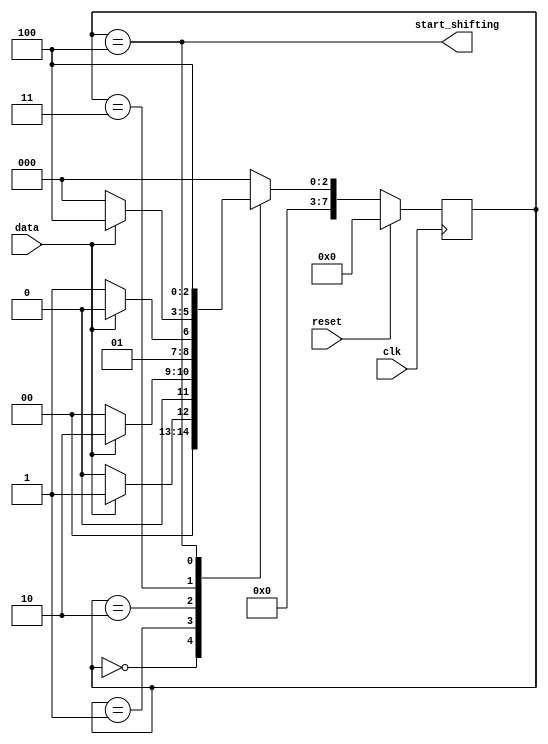
module top_module (
    input clk,
    input reset,      // Synchronous reset
    input data,
    output start_shifting);
    parameter a=8'd0,b=8'd1,c=8'd2,d=8'd3,e=8'd4;
    reg [7:0]state,next;
    always@(*)begin
        case(state)
        	a: next = data?b:a;
            b: next = data?c:a;
            c: next = data?c:d;
            d: next = data?e:a;
            e: next = e;
            default: next = a;
        endcase
    end
    always@(posedge clk)begin
        if(reset) state<=a;
        else state<=next;
    end
    assign start_shifting = (state==e);

endmodule